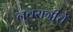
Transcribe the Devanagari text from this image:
नवरात्रीचे